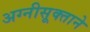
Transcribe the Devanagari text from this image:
अग्नीसूक्ताने